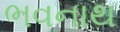
ભવનાથ